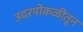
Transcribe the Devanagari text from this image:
उदरपोकळीतून